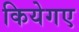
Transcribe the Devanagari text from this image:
कियेगए